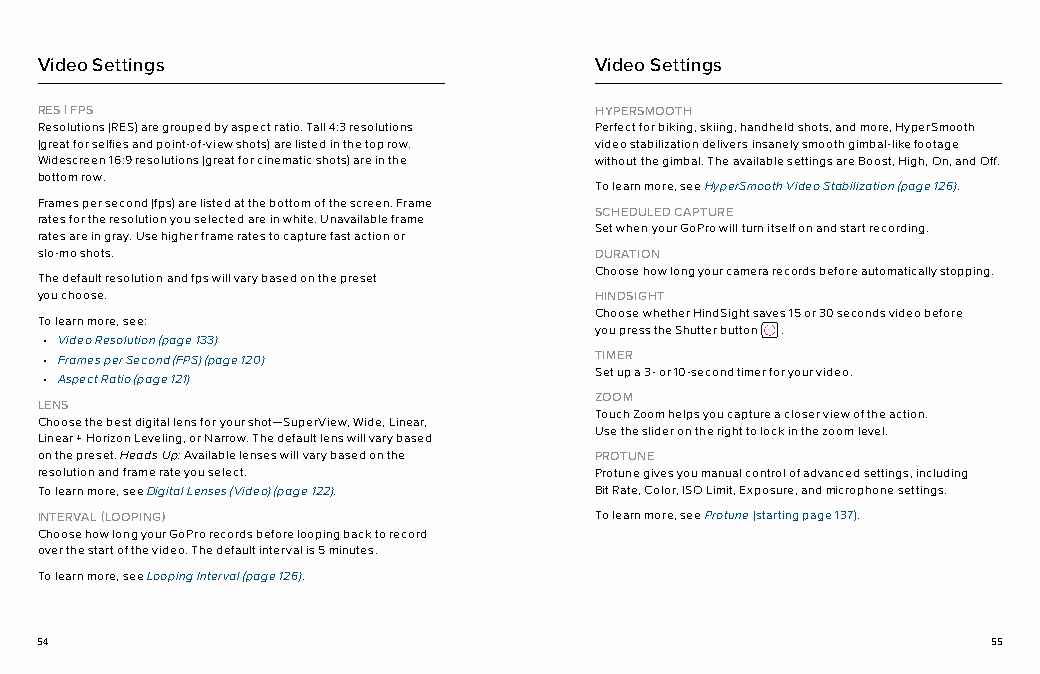
Video Settings                       Video Settings
 RES | FPS                            HYPERSMOOTH
 Resolutions (RES) are grouped by aspect ratio. Tall 4:3 resolutions Perfect for biking, skiing, handheld shots, and more, HyperSmooth
 (great for selfies and point-of-view shots) are listed in the top row. video stabilization delivers insanely smooth gimbal-like footage
 Widescreen 16:9 resolutions (great for cinematic shots) are in the without the gimbal. The available settings are Boost, High, On, and Off.
 bottom row.
 To learn more, see HyperSmooth Video Stabilization (page 126).
 Frames per second (fps) are listed at the bottom of the screen. Frame
 SCHEDULED CAPTURE
 rates for the resolution you selected are in white. Unavailable frame
 Set when your GoPro will turn itself on and start recording.
 rates are in gray. Use higher frame rates to capture fast action or
 slo-mo shots.                        DURATION
 Choose how long your camera records before automatically stopping.
 The default resolution and fps will vary based on the preset
 you choose.                          HINDSIGHT
 Choose whether HindSight saves 15 or 30 seconds video before
 To learn more, see:
 you press the Shutter button .
 • Video Resolution (page 133)
 • Frames per Second (FPS) (page 120) TIMER
 Set up a 3- or 10-second timer for your video.
 • Aspect Ratio (page 121)
 ZOOM
 LENS
 Touch Zoom helps you capture a closer view of the action.
 Choose the best digital lens for your shot—SuperView, Wide, Linear,
 Use the slider on the right to lock in the zoom level.
 Linear + Horizon Leveling, or Narrow. The default lens will vary based
 on the preset. Heads Up: Available lenses will vary based on the PROTUNE
 resolution and frame rate you select. Protune gives you manual control of advanced settings, including
 To learn more, see Digital Lenses (Video) (page 122). Bit Rate, Color, ISO Limit, Exposure, and microphone settings.
 INTERVAL (LOOPING)                   To learn more, see Protune (starting page 137).
 Choose how long your GoPro records before looping back to record
 over the start of the video. The default interval is 5 minutes.
 To learn more, see Looping Interval (page 126).
 54                                                              55